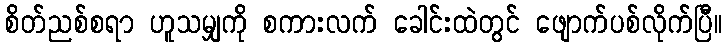
စိတ်ညစ်စရာ ဟူသမျှကို စကားလက် ခေါင်းထဲတွင် ဖျောက်ပစ်လိုက်ပြီ။